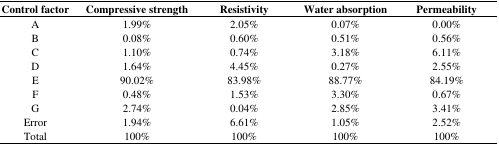
<table><thead><tr><td><b>Control factor</b></td><td><b>Compressive strength</b></td><td><b>Resistivity</b></td><td><b>Water absorption</b></td><td><b>Permeability</b></td></tr></thead><tbody><tr><td>A</td><td>1.99%</td><td>2.05%</td><td>0.07%</td><td>0.00%</td></tr><tr><td>B</td><td>0.08%</td><td>0.60%</td><td>0.51%</td><td>0.56%</td></tr><tr><td>C</td><td>1.10%</td><td>0.74%</td><td>3.18%</td><td>6.11%</td></tr><tr><td>D</td><td>1.64%</td><td>4.45%</td><td>0.27%</td><td>2.55%</td></tr><tr><td>E</td><td>90.02%</td><td>83.98%</td><td>88.77%</td><td>84.19%</td></tr><tr><td>F</td><td>0.48%</td><td>1.53%</td><td>3.30%</td><td>0.67%</td></tr><tr><td>G</td><td>2.74%</td><td>0.04%</td><td>2.85%</td><td>3.41%</td></tr><tr><td>Error</td><td>1.94%</td><td>6.61%</td><td>1.05%</td><td>2.52%</td></tr><tr><td>Total</td><td>100%</td><td>100%</td><td>100%</td><td>100%</td></tr></tbody></table>